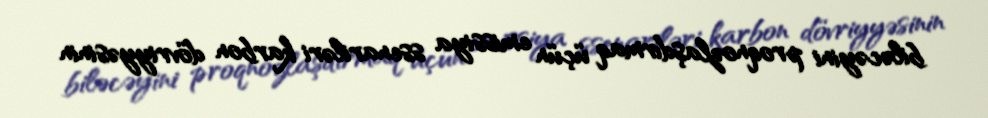
biləcəyini proqnozlaşdırmaq üçün emissiya ssenariləri karbon dövriyyəsinin